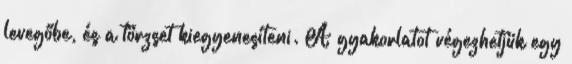
levegőbe, és a törzset kiegyenesíteni. A gyakorlatot végezhetjük egy